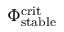
\Phi _ { \mathrm { s t a b l e } } ^ { \mathrm { c r i t } }